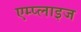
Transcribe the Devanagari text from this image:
एम्प्लाइज